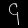
Digit: ၄